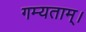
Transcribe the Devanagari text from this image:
गम्यताम्।